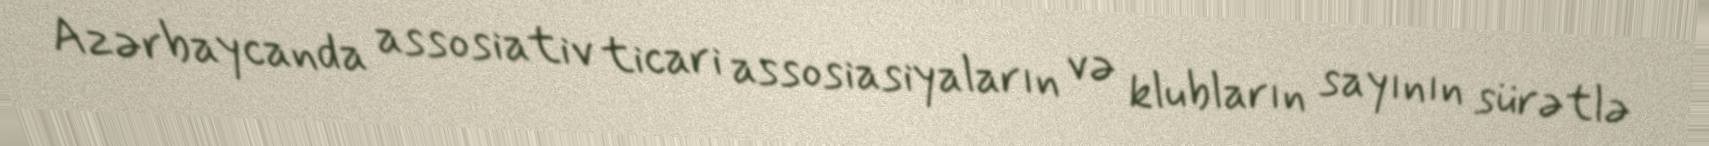
Azərbaycanda assosiativ ticari assosiasiyaların və klubların sayının sürətlə